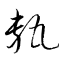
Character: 甎